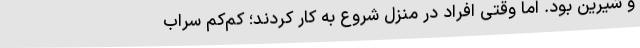
و شیرین بود. اما وقتی افراد در منزل شروع به کار کردند؛ کم‌کم سراب